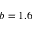
b = 1 . 6